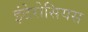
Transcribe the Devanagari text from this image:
इंटेरोसियस